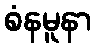
စံနမူနာ